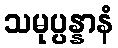
သမုပ္ပန္နာနံ